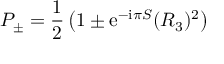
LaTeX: { \cal P } _ { \pm } = \frac { 1 } { 2 } \left( 1 \pm { \mathrm e } ^ { - { \mathrm i } \pi S } ( { \cal R } _ { 3 } ) ^ { 2 } \right)